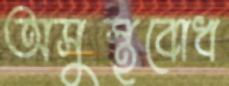
অসুস্থবোধ